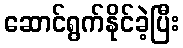
ဆောင်ရွက်နိုင်ခဲ့ပြီး